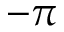
- \pi